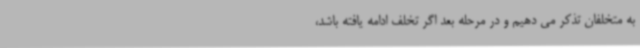
به متخلفان تذکر می دهیم و در مرحله بعد اگر تخلف ادامه یافته باشد،